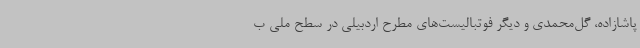
پاشازاده، گل‌محمدی و دیگر فوتبالیست‌های مطرح اردبیلی در سطح ملی ب